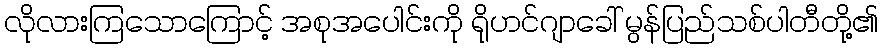
လိုလားကြသောကြောင့် အစုအပေါင်းကို ရိုဟင်ဂျာခေါ် မွန်ပြည်သစ်ပါတီတို့၏